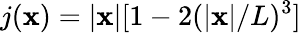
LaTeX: j(\mathbf{x})=|\mathbf{x}|[1-2(|\mathbf{x}|/L)^{3}]